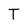
Character: T